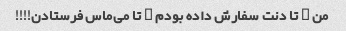
من ۲ تا دنت سفارش داده بودم ۲ تا می‌ماس فرستادن!!!!